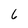
Character: 6